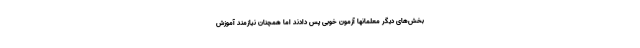
بخش‌های دیگر معلمانها آزمون خوبی پس دادند اما همچنان نیازمند آموزش